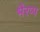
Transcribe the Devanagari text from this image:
भैरप्प